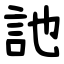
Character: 訑